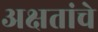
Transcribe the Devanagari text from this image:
अक्षतांचे